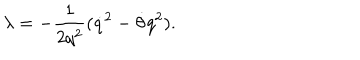
\lambda = - \frac { 1 } { 2 q ^ { 2 } } ( { \dot { q } } ^ { 2 } - \dot { \theta } q ^ { 2 } ) .